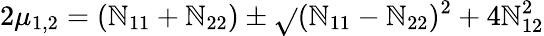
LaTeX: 2\mu_{1,2}=(\mathbb{N}_{11}+\mathbb{N}_{22})\pm\sqrt{}{{(\mathbb{N}_{11}-\mathbb{N}_{22})^{2}+4\mathbb{N}_{12}^{2}}}